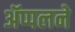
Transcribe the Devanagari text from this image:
ॲप्पलने